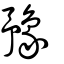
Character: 豫